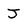
Character: J